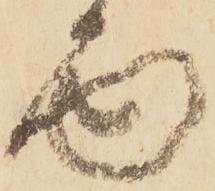
面